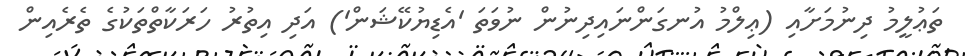
ތަޢުލީމު ދިނުމަށާއި (ޢިލްމު އުނގަންނައިދިނުން ނުވަތަ 'އެޑިޔުކޭޝަން') އަދި އިތުރު ހަރަކާތްތަކުގެ ތެރެއިން